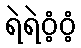
ရဲရဲဝံ့ဝံ့